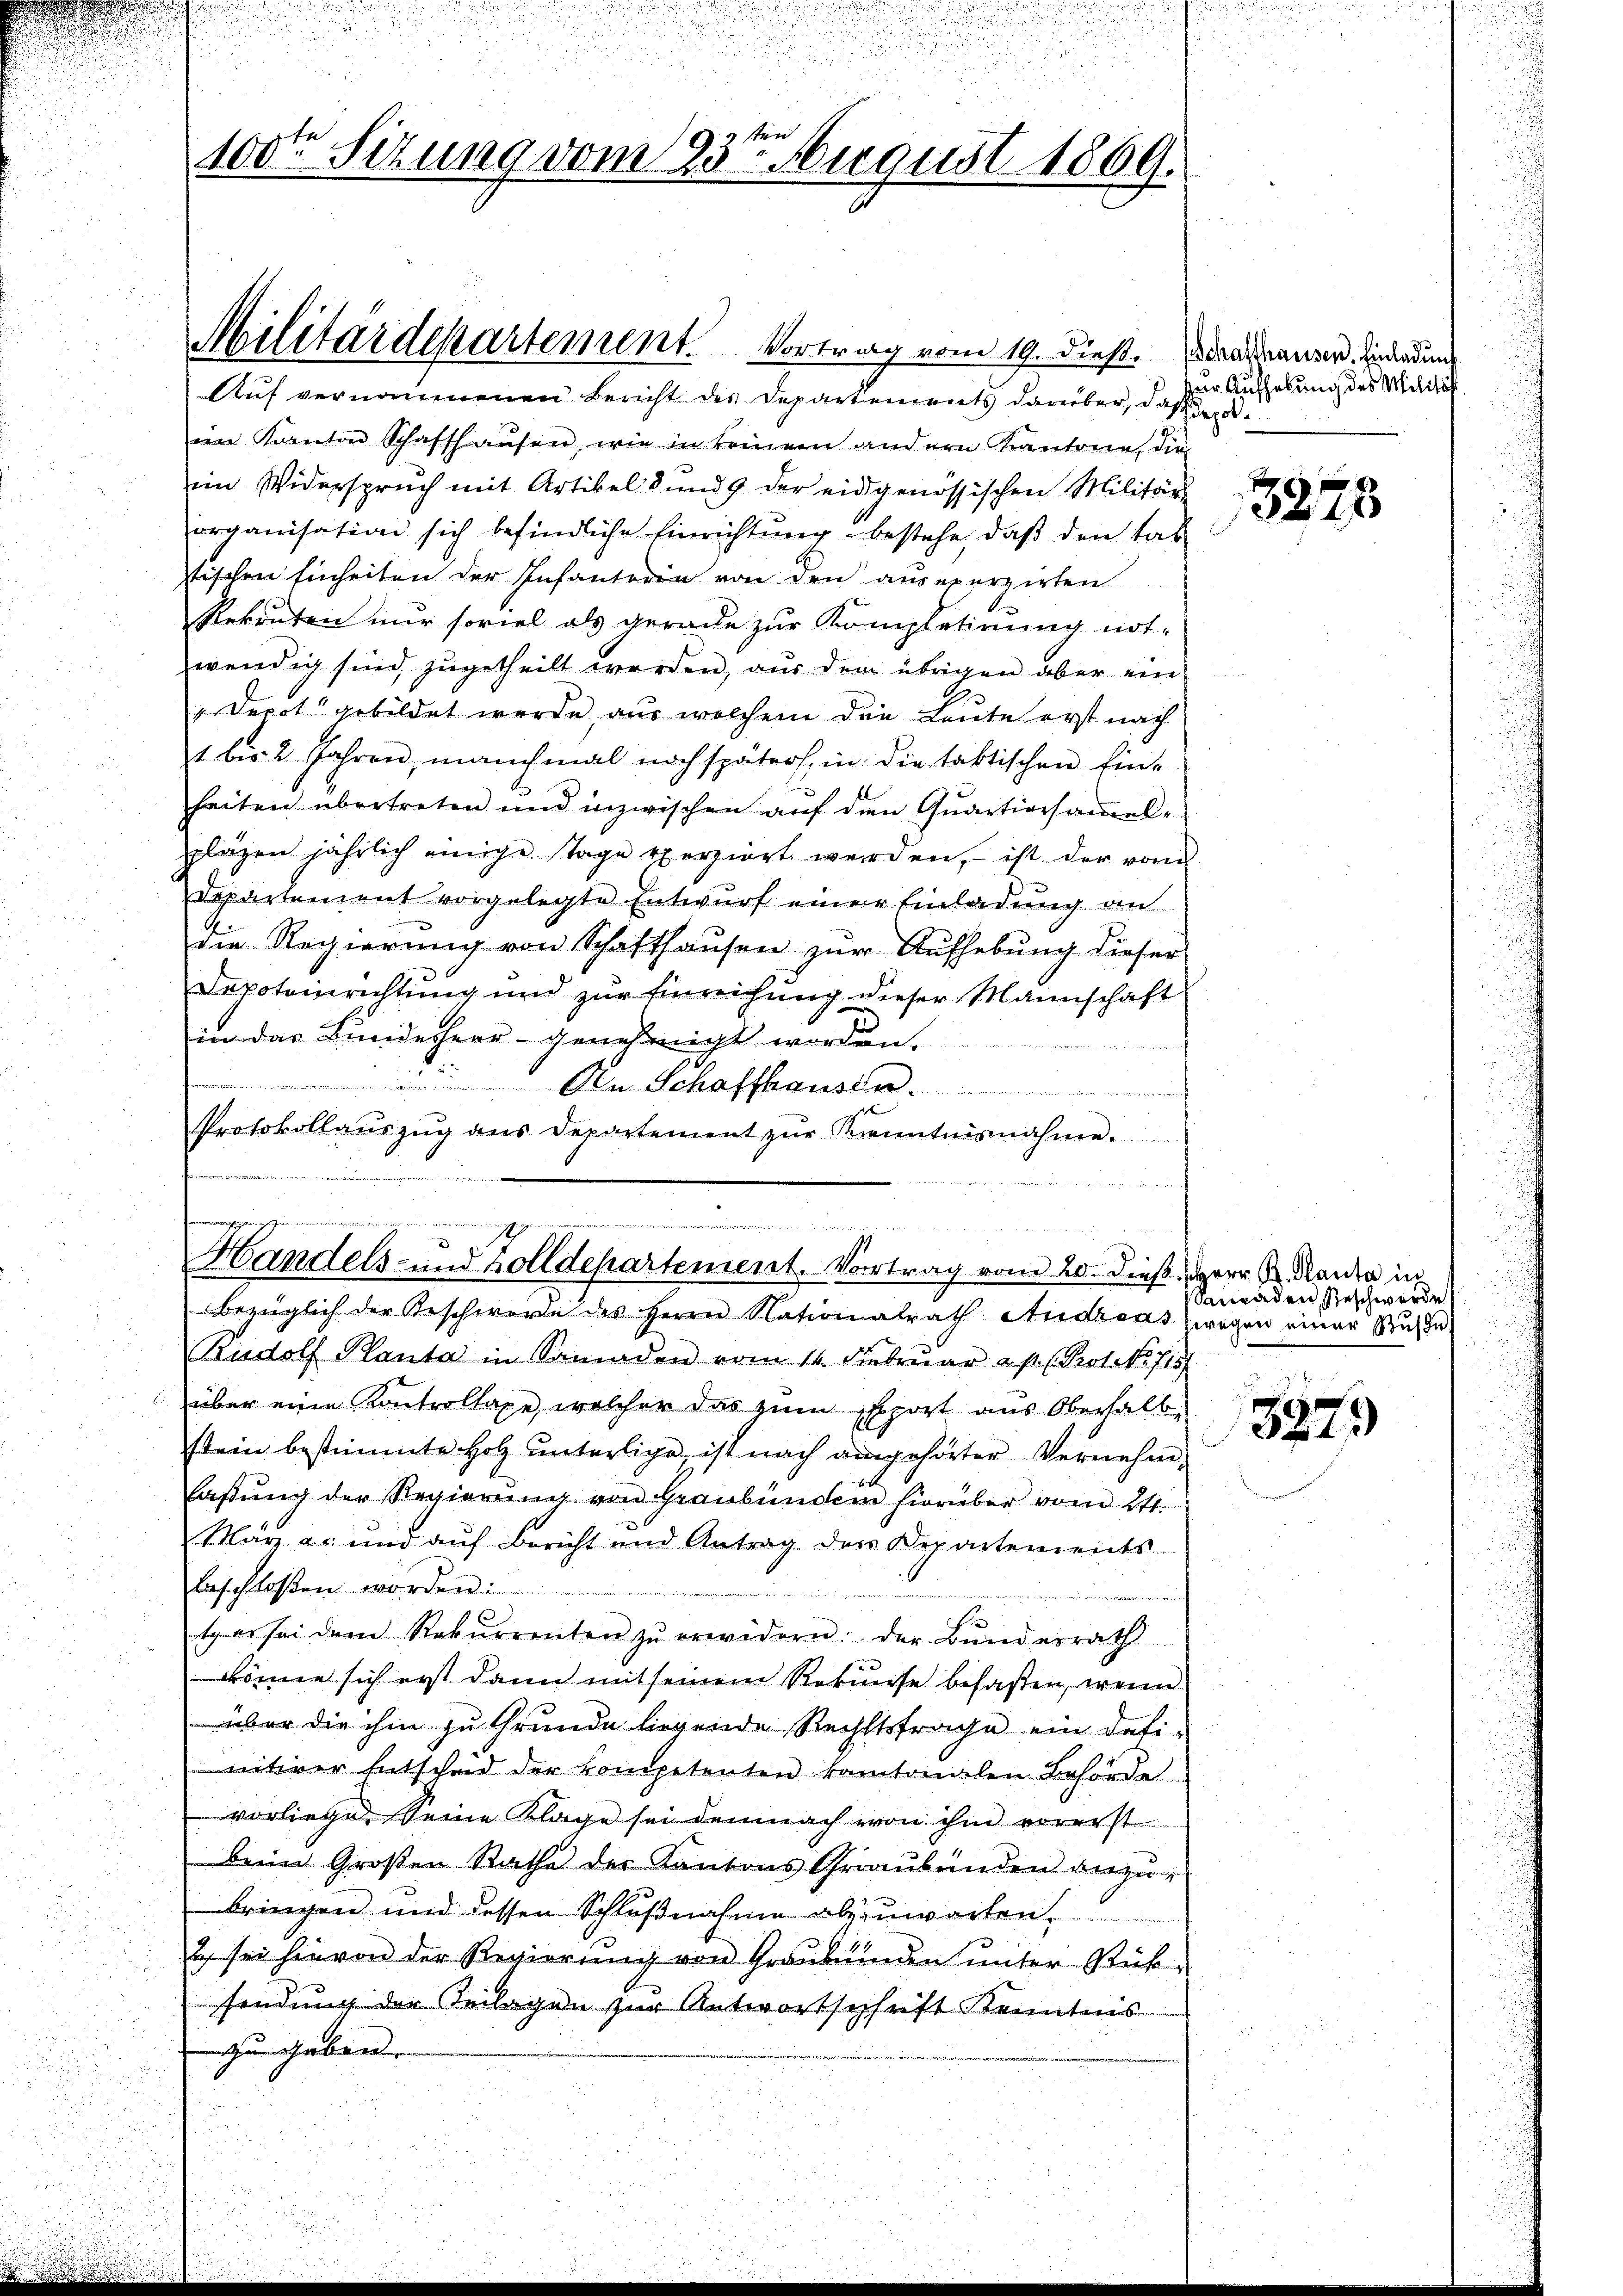
100te Sitzung vom 23ten August 1809.

Militärdepartement. Vortrag vom 19. dieß. Daserner, indenden
Auf vernommenen Bericht des Departements darüber, daß derim Kanton Schaffhausen, wie in keinem andern Kantone, die
im Widerspruch mit Artikel d und 9 der eidgenössischen Militärs
organisation sich befindliche Einrichtŭng bestehe, daβ den tab
tischen Einheiten der Infanterin von den ausererzirken
Rekruten nur soviel als gerade zur Kompletirung not-
wendig sind zugetheilt werden, aus dem übrigen aber ein
Depot gebildet wurde, aus welchem die Leute erst nach
1 bis 2 Jahren, manchmal noch später, in die taktischen Ein-
heiten übertreten und inzwischen auf den Quartionsamelpläzen jährlich einige Tage verziert werden, – ist der vo
Departement vorgelegte Entwurf einer Einladung an
die Regierung von Schafthausen zur Aufhebung dieser
Depoteinrichtung und zur Einreichung dieser Mannschaft
in das Bundesheer genehmigt worden.
f

Protokollaŭszŭg ans Departement zŭr Kenntnisnahme.

e
Handels- und Zolldepartement. Vortrag vom 20. dieß, Herr K. Ranke in
bezüglich der Beschwere des Herrn Nationalrath Andreas zwegen einer Ruhe.

Budolf Planta in Samaden vom 14. Febrŭar ast. (Protokolls
über eine Kontrollage, welcher das zum sport aus Oberhalb
stein bestimmte Holz unterlige ist nach angehörter Vernehm
laßung der Regierung von Graubünden hierüber vom 24.
März a. und aŭf Bericht und Antrag der Departements
beschloßen worden:
u
s er sei dem Rekurrenten zŭ erwidern. Der Bŭndesrath
könne sich erst dann mit seinem Rekurse besaßen, wenn
über die ihm zu Grunde liegende Rechtsfrage ein Defi-
nitiver Entschad der kompetenten kantonalen Behörde
vorliegen Seine Klage sei demnach von ihm vorerst
Beim Großen Rathe der Kantons Graubünden anzu-
bringen und dessen Schlußnahme abzuwarten,
2 sei hievon der Regierung von Graubünden unter Rücksendung der Teilagen zur Antwortschrift Kenntnis
zu geben.

zur Aufhebung des Milität.

3875

Sanaden Beschwerde

3979